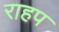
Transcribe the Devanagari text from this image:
राहप